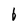
Character: 6